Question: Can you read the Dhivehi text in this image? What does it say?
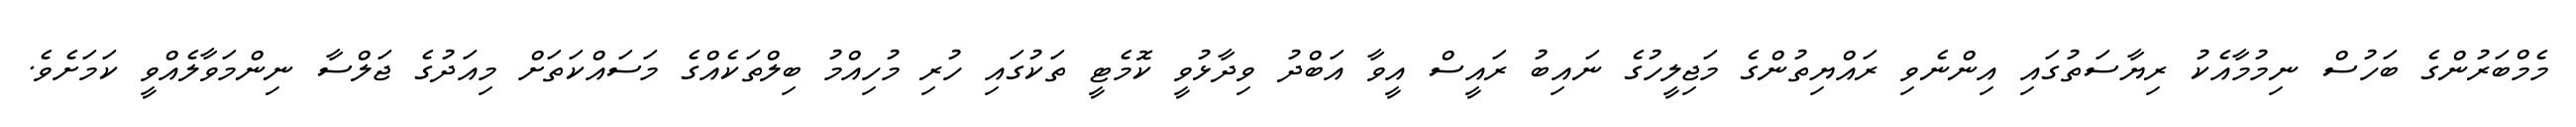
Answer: މެމްބަރުންގެ ބަހުސް ނިމުމާއެކު ރިޔާސަތުގައި އިންނެވި ރައްޔިތުންގެ މަޖިލީހުގެ ނައިބު ރައީސް އީވާ އަބްދު ވިދާޅުވީ ކޮމެޓީ ތަކުގައި ހުރި މުހިއްމު ބިލްތަކެއްގެ މަސައްކަތަށް މިއަދުގެ ޖަލްސާ ނިންމަވާލެއްވީ ކަމަށެވެ.